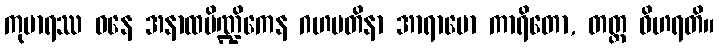
ကုမာရဿ ဝနေ အနာထပိဏ္ဍိကေန ဂဟပတိနာ အာရာမော ကာရိတော, တတ္ထ ဝိဟရတိ။